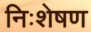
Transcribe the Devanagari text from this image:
निःशेषण